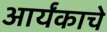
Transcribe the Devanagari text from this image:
आर्यंकाचे